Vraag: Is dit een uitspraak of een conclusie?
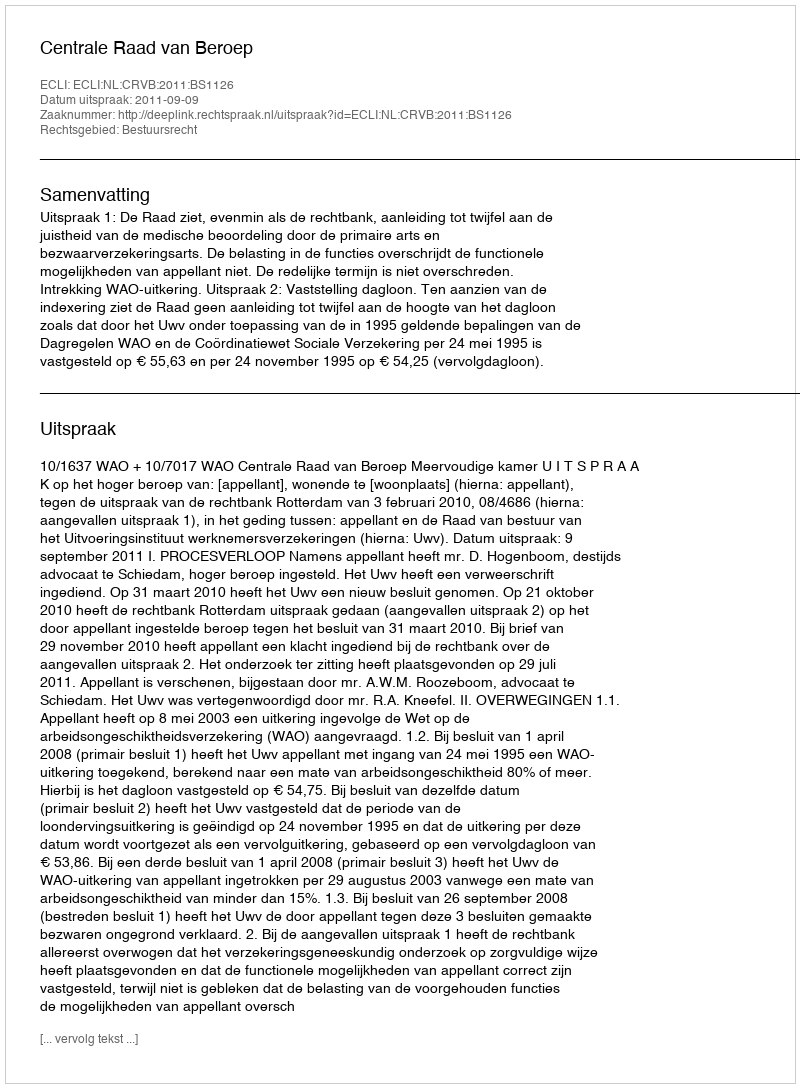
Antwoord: Uitspraak